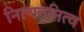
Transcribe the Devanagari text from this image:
नित्यतृप्तित्व